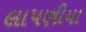
લાપણીયા